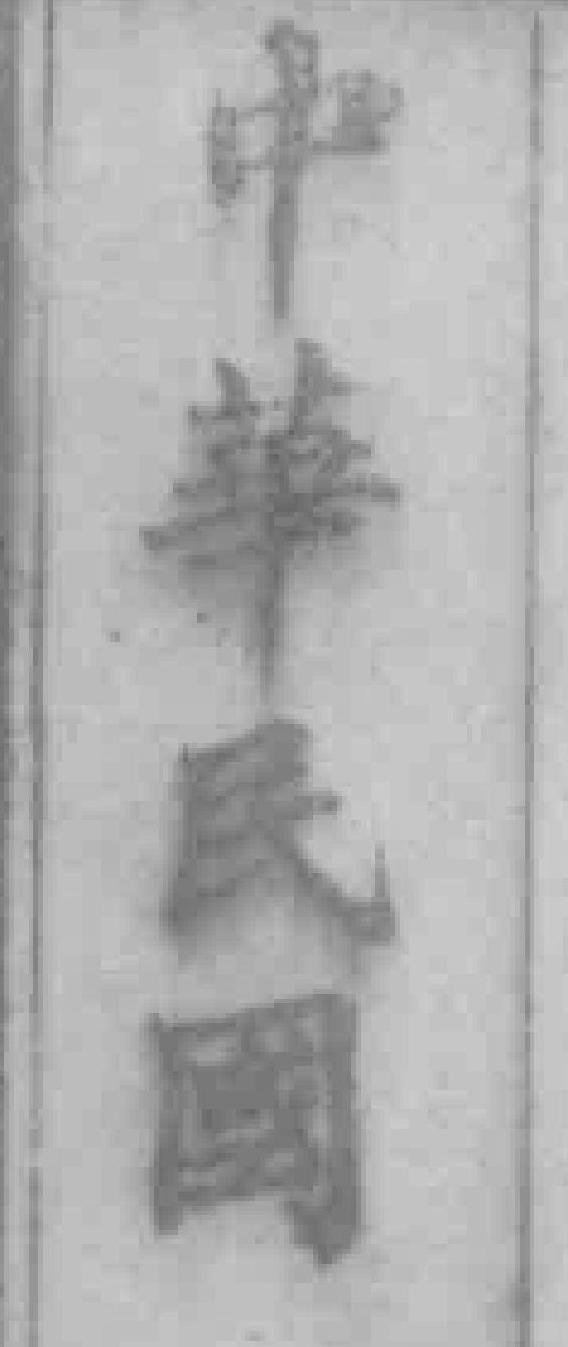
中華民国